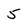
Character: 5